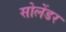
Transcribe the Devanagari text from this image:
सोलेंडर